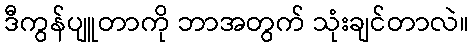
ဒီကွန်ပျူတာကို ဘာအတွက် သုံးချင်တာလဲ။